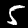
Digit: 5